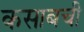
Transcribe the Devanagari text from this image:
कसाबची